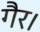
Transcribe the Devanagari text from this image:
गैर।